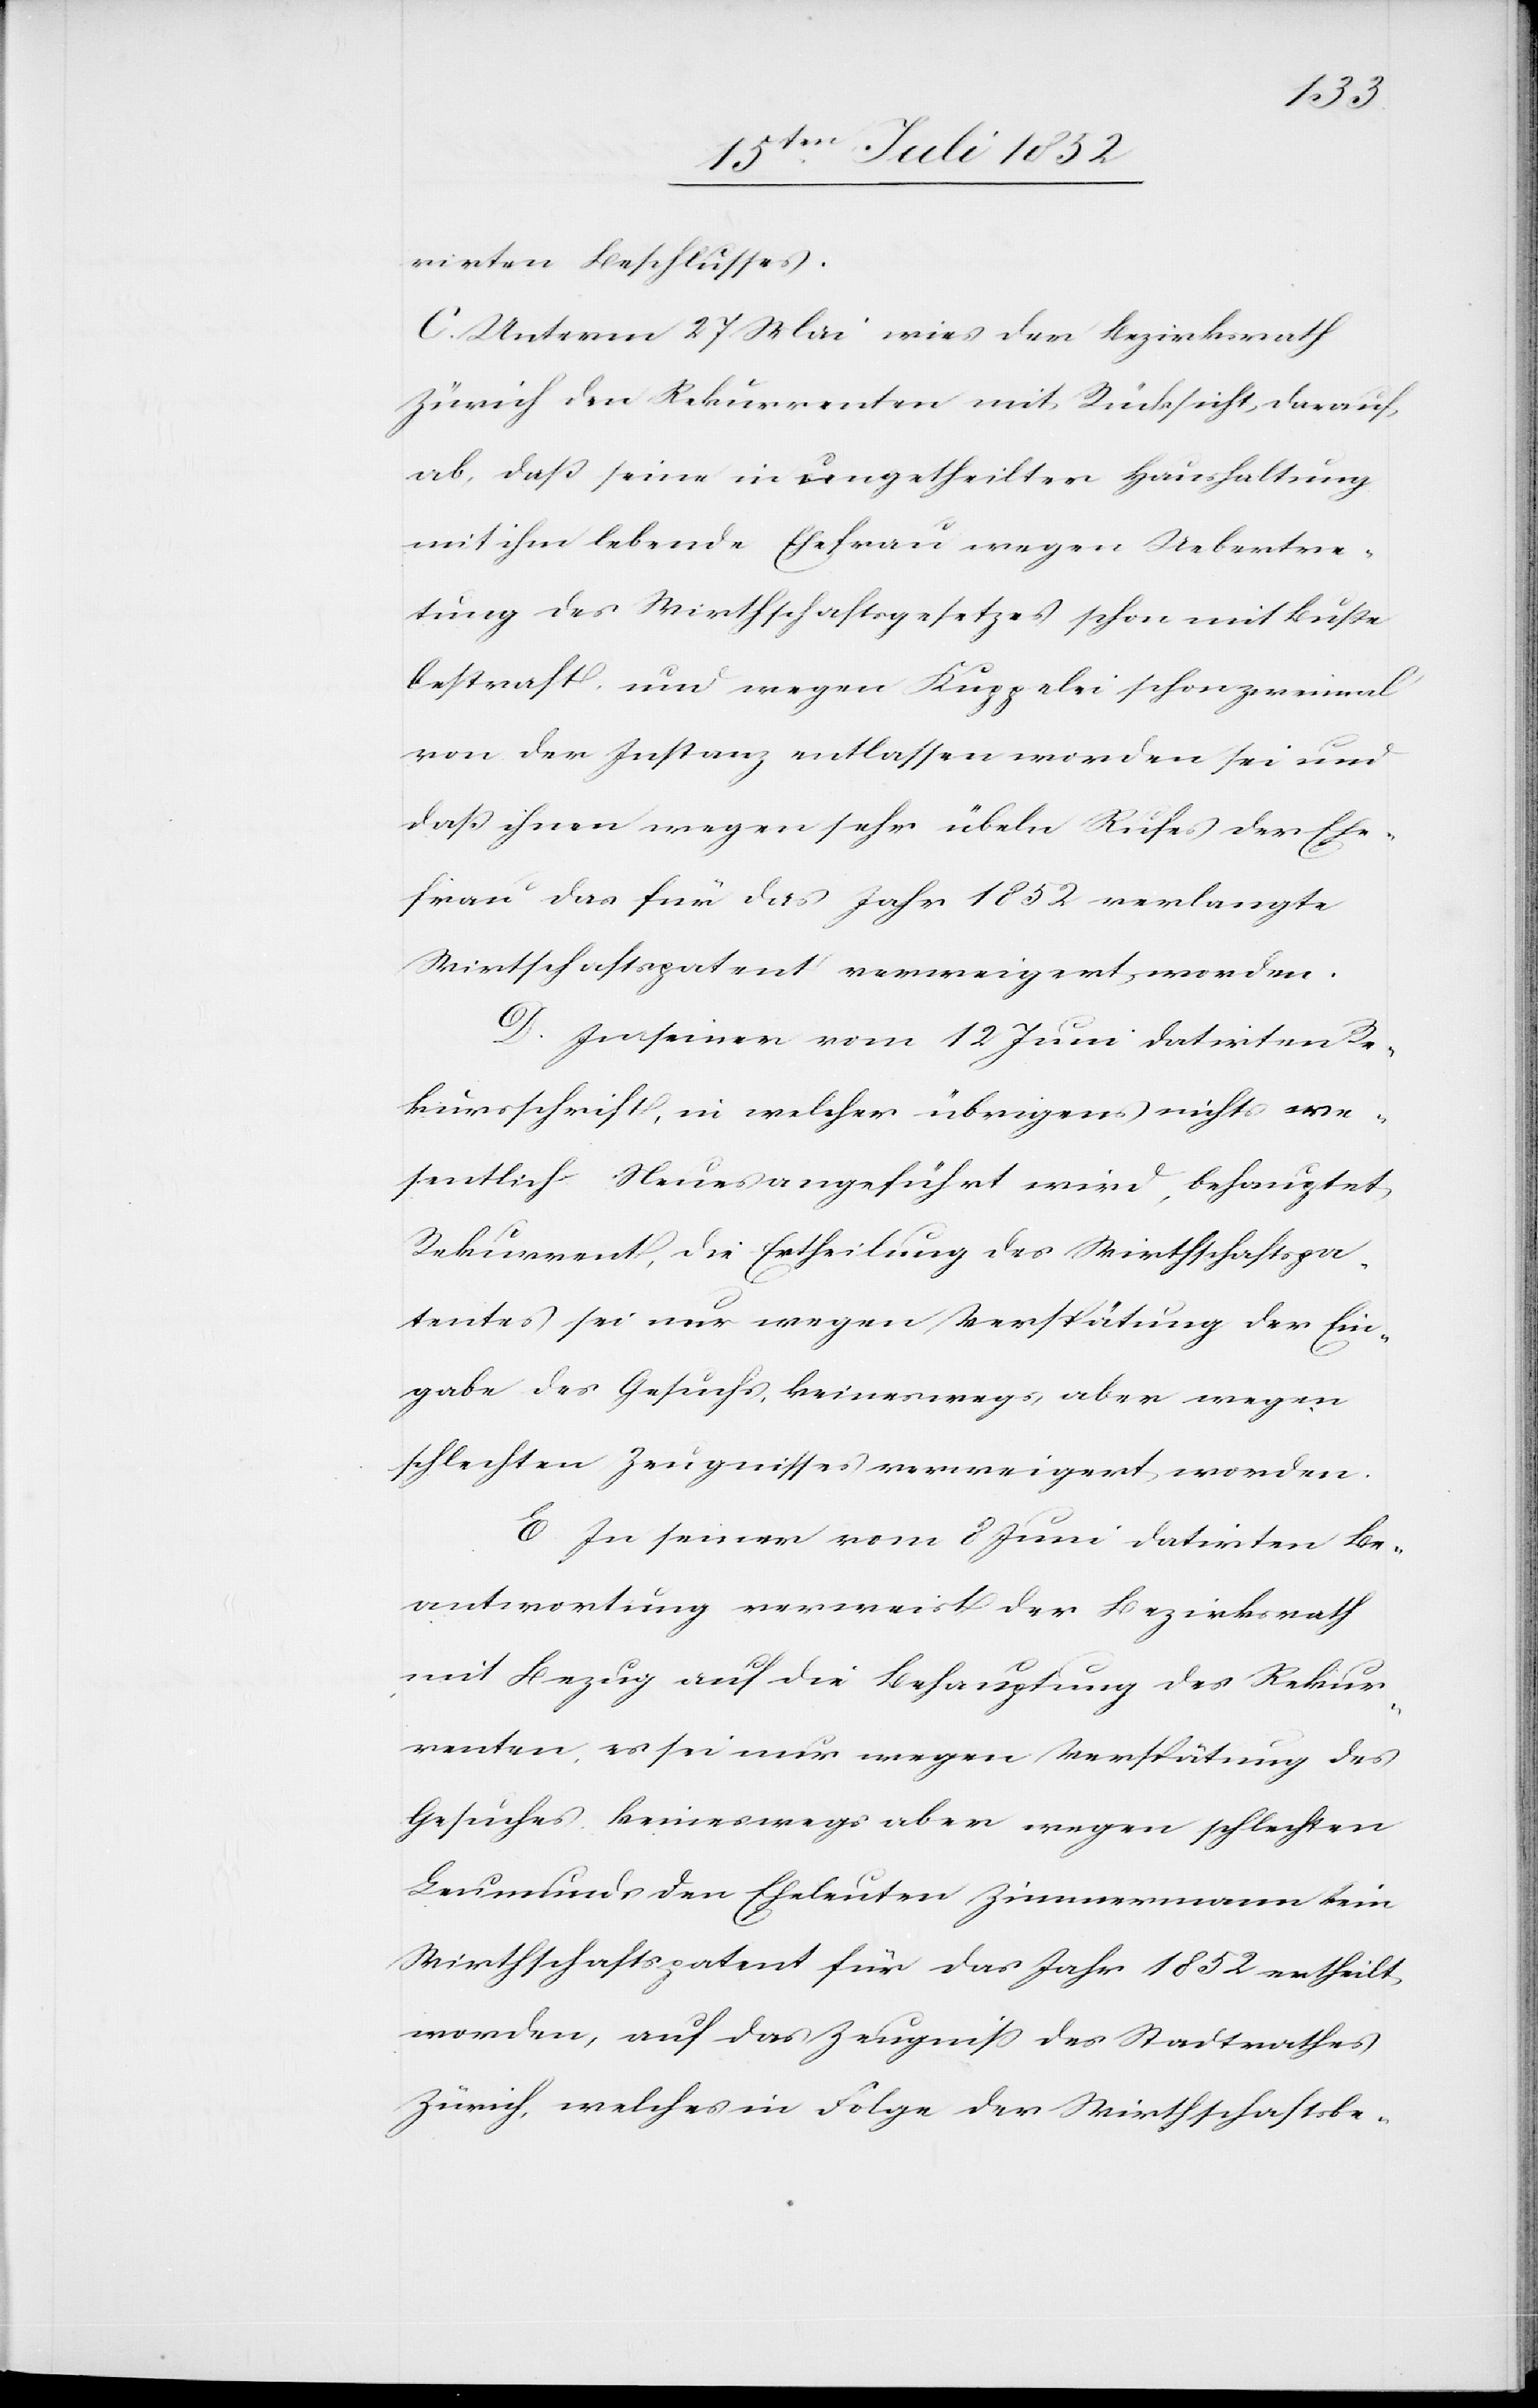
rirten Beschlusses.
C. Unterm 27 Mai wies der Bezirksrath
Zürich den Rekurrenten mit Rücksicht darauf
ab, daß seine in ungetheilter Haushaltung
mit ihm lebende Ehefrau wegen Uebertre¬
tung des Wirthschaftsgesetzes schon mit Buße
bestraft, und wegen Kuppelei schon zweimal
von der Instanz entlassen worden sei und
daß ihnen wegen sehr übeln Rufes der Ehe¬
frau das für das Jahr 1852 verlangte
Wirtschaftspatent verweigert worden.
D. In seiner vom 12 Juni datirten Re¬
kursschrift, in welcher übrigens nichts we¬
sentlich Neues angeführt wird, behauptet
Rekurrent, die Ertheilung des Wirthschaftspa¬
tentes sei nur wegen Verspätung der Ein¬
gabe des Gesuchs, keineswegs aber wegen
schlechten Zeugnisses verweigert worden.
E In seiner vom 8 Juni datirten Be¬
antwortung verweist der Bezirksrath
mit Bezug auf die Behauptung des Rekur¬
renten, es sei nur wegen Verspätung des
Gesuches keineswegs aber wegen schlechten
Leumunds den Eheleuten Zimmermann kein
Wirthschaftspatent für das Jahr 1852 ertheilt
worden, auf das Zeugniss des Stadtrathes
Zürich, welches in Folge der Wirthschaftsbe-